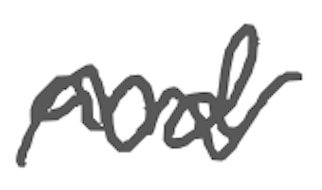
Text: and
Cross-out: wave
Writing tool: digital_gray